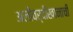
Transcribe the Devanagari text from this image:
अलीवर्दीखानाची